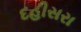
દહીસરા